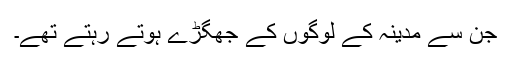
جن سے مدینہ کے لوگوں کے جھگڑے ہوتے رہتے تھے۔